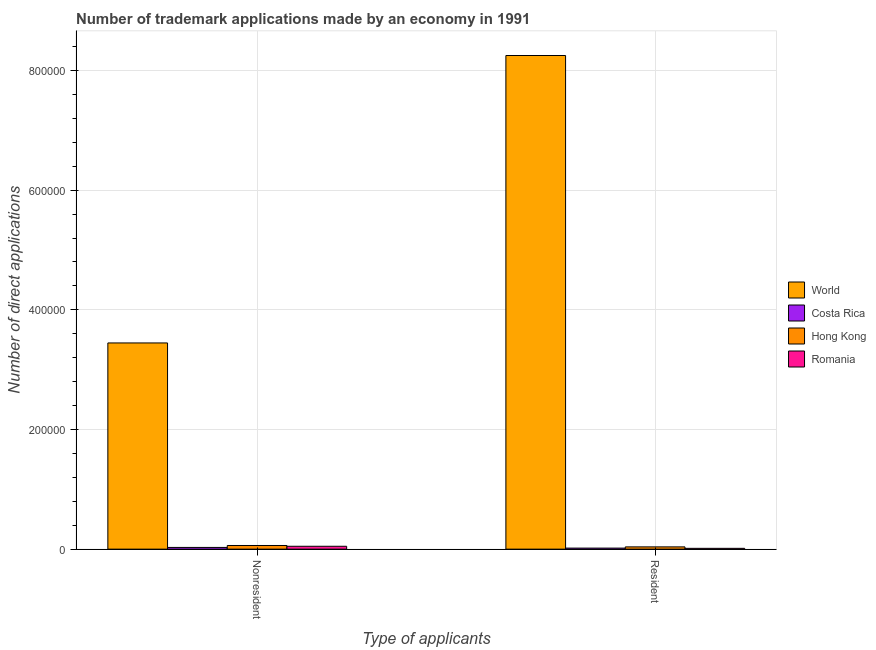
| Type of applicants | World | Costa Rica | Hong Kong | Romania |
 | --- | --- | --- | --- | --- |
 | Nonresident | 3.45e+05 | 2.87e+03 | 6.12e+03 | 4.81e+03 |
 | Resident | 8.25e+05 | 1.75e+03 | 3.78e+03 | 1.35e+03 |